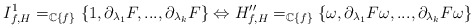
\begin{align*}I^1_{f,H}=_{\mathbb{C}\{f\}}\{1,\partial_{\lambda_1}F,...,\partial_{\lambda_k}F\}\Leftrightarrow H''_{f,H}=_{\mathbb{C}\{f\}}\{\omega,\partial_{\lambda_1}F\omega,...,\partial_{\lambda_k}F\omega\}\end{align*}